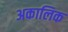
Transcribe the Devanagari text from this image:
अकालिक